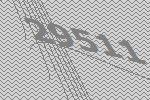
29511